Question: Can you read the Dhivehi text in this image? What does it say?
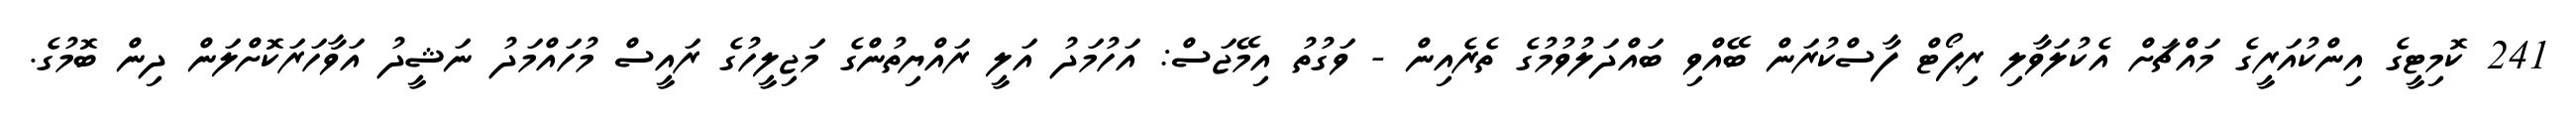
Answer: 241 ކޮމިޓީގެ އިންކުއަރީގެ މައްޗަށް އެކުލަވާލި ރިޕޯޓް ފާސްކުރަން ބޭއްވި ބައްދަލުވުމުގެ ތެރެއިން - ވަގުތު އިމޭޖަސް: އަހުމަދު އަލީ ރައްޔިތުންގެ މަޖިލީހުގެ ރައީސް މުހައްމަދު ނަޝީދު އަވާހަރަކޮށްލަން ދިން ބޮމުގެ.